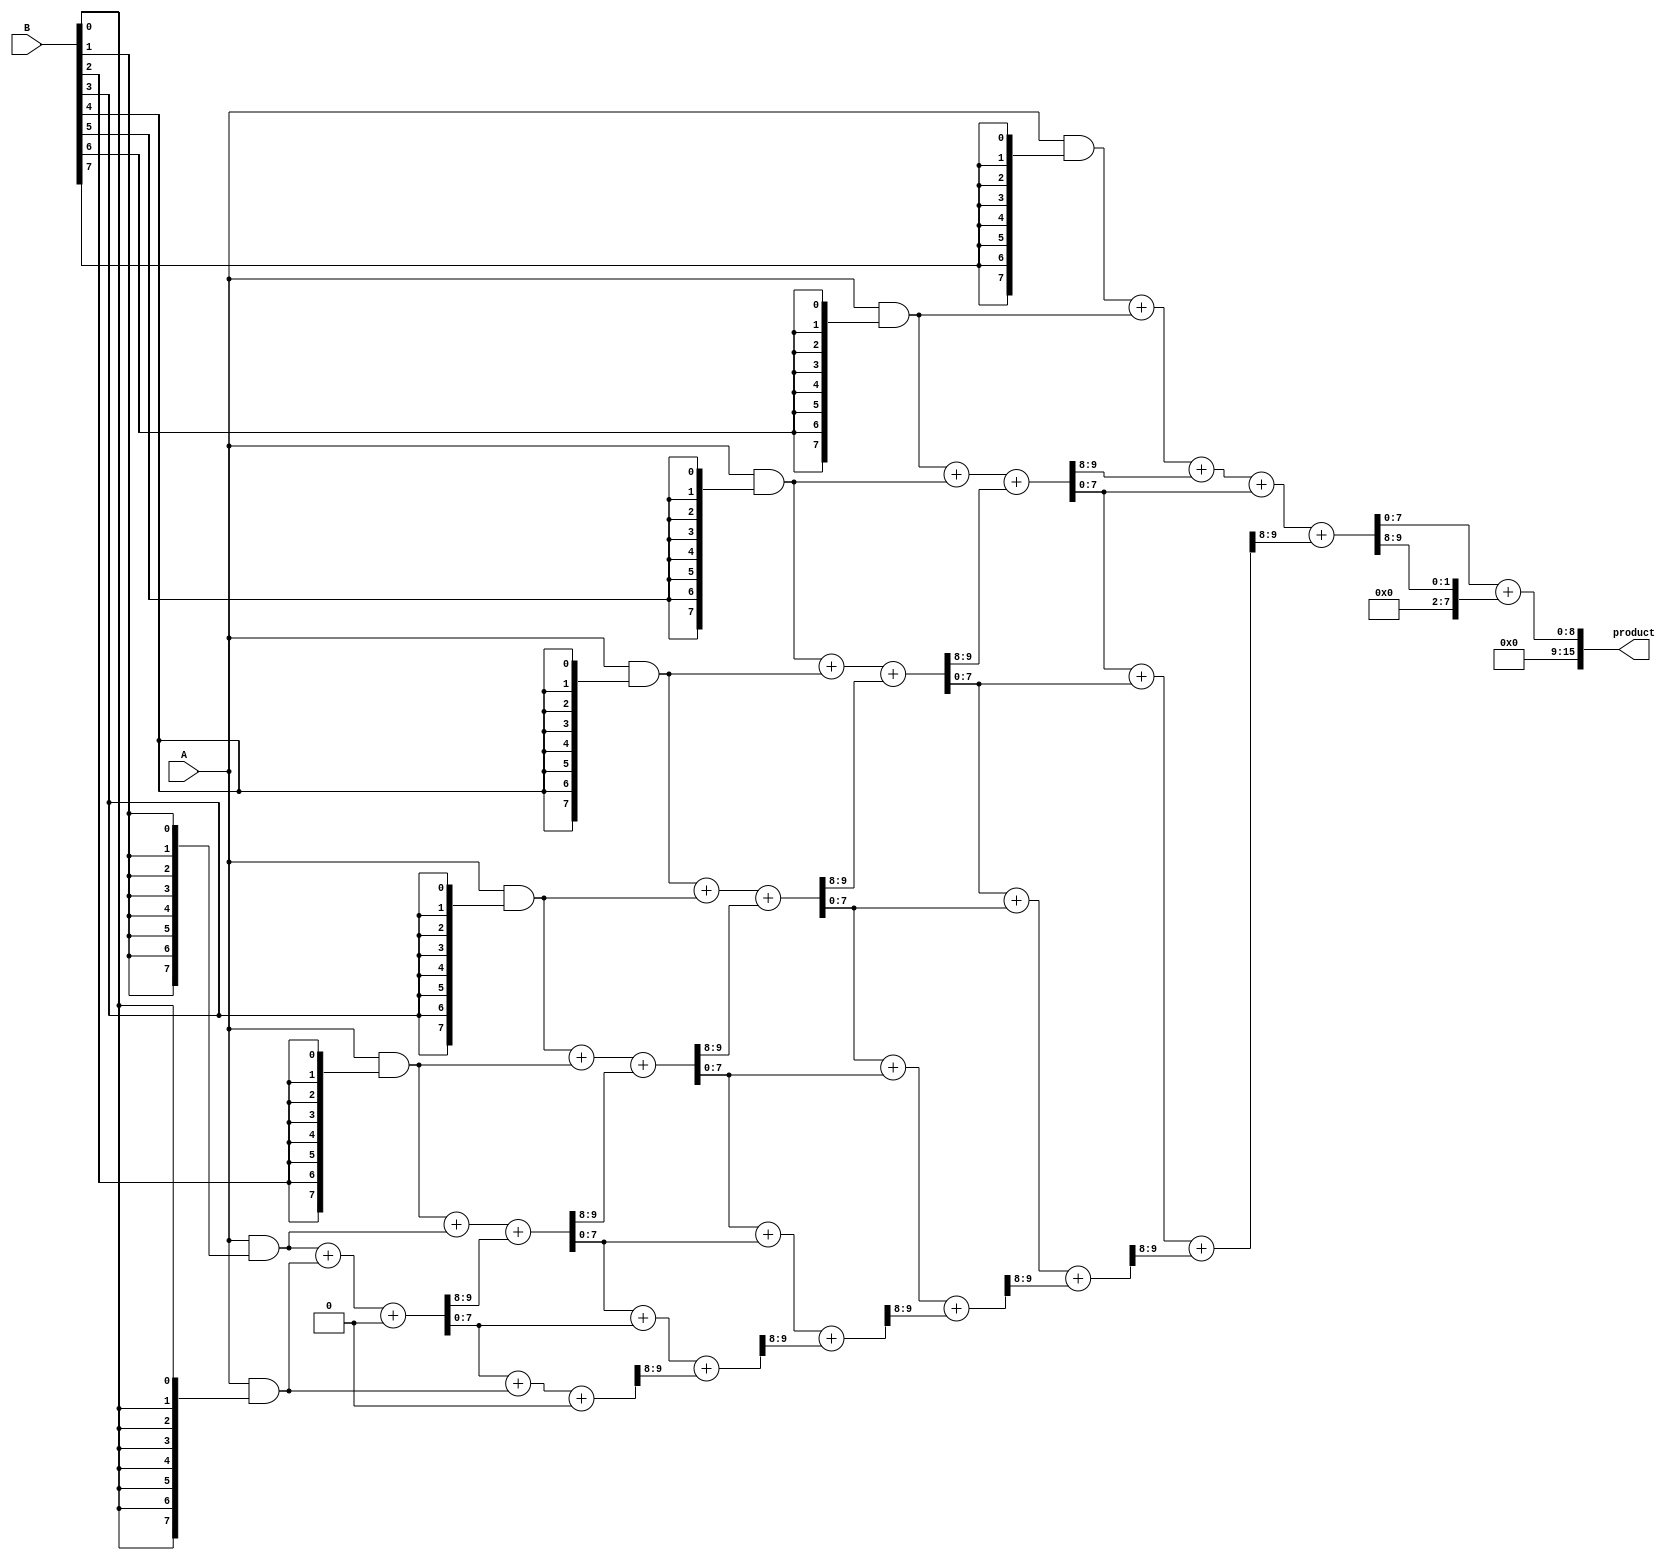
module FixedPointWallaceTreeMultiplier #(parameter N = 8) (
    input signed [N-1:0] A, // Input A
    input signed [N-1:0] B, // Input B
    output signed [2*N-1:0] product // Output product
);

    // Generate partial products
    wire [N-1:0] pp [0:N-1]; // Partial products
    genvar i, j;
    generate
        for (i = 0; i < N; i = i + 1) begin : pp_gen
            assign pp[i] = A & {N{B[i]}}; // AND operation to generate partial products
        end
    endgenerate

    // Wallace tree reduction
    wire [N-1:0] sum [0:N-1]; // Sums at each stage
    wire [N-1:0] carry [0:N-1]; // Carries at each stage

    // Stage 1: Combine partial products using half adders and full adders
    generate
        for (i = 0; i < N; i = i + 1) begin : stage1
            if (i == 0) begin
                assign sum[i] = pp[i];
                assign carry[i] = 0;
            end else begin
                assign {carry[i], sum[i]} = pp[i] + pp[i-1] + carry[i-1];
            end
        end
    endgenerate

    // Stage 2: Further reduction
    wire [N-1:0] sum2 [0:N-1];
    wire [N-1:0] carry2 [0:N-1];

    generate
        for (i = 0; i < N; i = i + 1) begin : stage2
            if (i == 0) begin
                assign sum2[i] = sum[i];
                assign carry2[i] = carry[i];
            end else begin
                assign {carry2[i], sum2[i]} = sum[i] + sum[i-1] + carry2[i-1];
            end
        end
    endgenerate

    // Final addition
    wire [2*N-1:0] final_sum;
    wire [2*N-1:0] final_carry;

    assign {final_carry, final_sum} = {1'b0, sum2[N-1]} + {1'b0, carry2[N-1]};

    // Output product
    assign product = final_sum;

endmodule